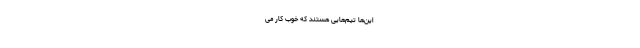
این‌ها تیم‌هایی هستند که خوب کار می‌‌‌‌‌‌‌‌‌‌‌‌‌‌‌‌‌‌‌‌‌‌‌‌‌‌‌‌‌‌